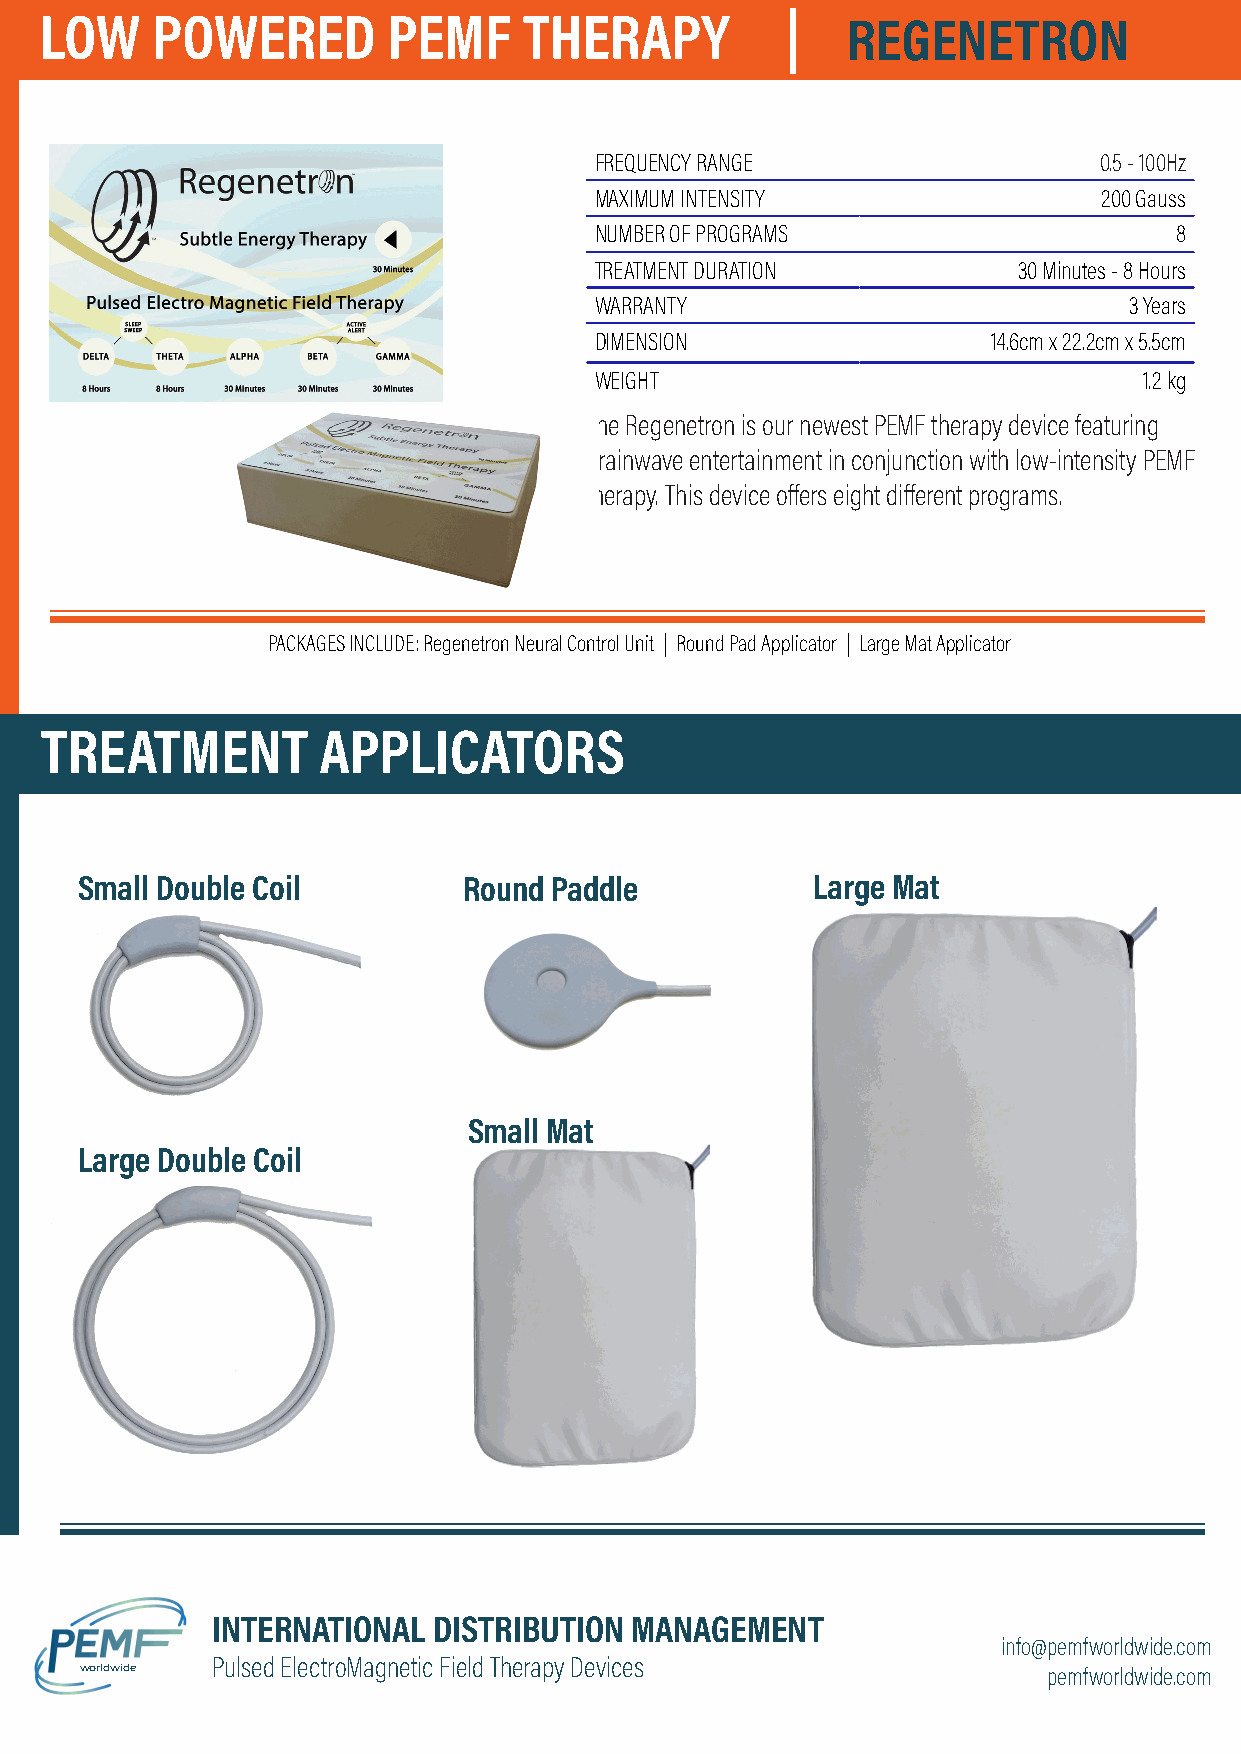
LOW    POWERED         PEMF     THERAPY              REGENETRON
 FREQUENCY RANGEFREQUEFN-          0.5 - 100Hz
 MAXIMUM INTENSITY                 200 Gauss
 NUMBER OF PROGRAMS                     8
 TREATMENT DURATION          30 Minutes - 8 Hours
 WARRANTY                            3 Years
 DIMENSION                  14.6cm x 22.2cm x 5.5cm
 WEIGHT                               1.2 kg
 The Regenetron is our newest PEMF therapy device featuring
 brainwave entertainment in conjunction with low-intensity PEMF
 therapy. This device offers eight different programs.
 PACKAGES INCLUDE: Regenetron Neural Control Unit | Round Pad Applicator | Large Mat Applicator
 TREATMENT         APPLICATORS
 Small Double Coil         Round Paddle           Large Mat
 Small Mat
 Large Double Coil
 INTERNATIONAL  DISTRIBUTION MANAGEMENT
 info@pemfworldwide.com
 Pulsed ElectroMagnetic Field Therapy Devices
 worldwide                                                       pemfworldwide.com